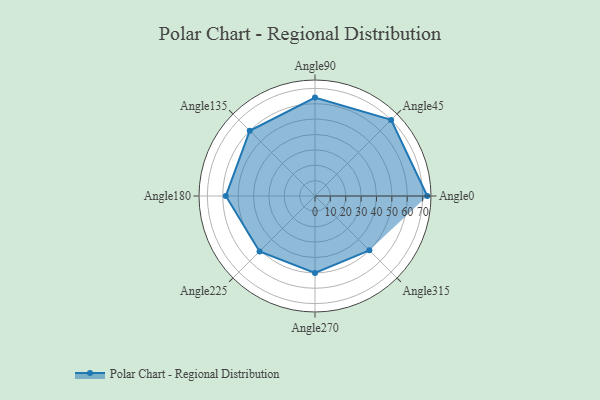
{"axis": {"x": "Angle", "y": "Radius"}, "legend": [""], "data": [{"x": "Angle0", "y": 73.0, "type": ""}, {"x": "Angle45", "y": 70.0, "type": ""}, {"x": "Angle90", "y": 64.0, "type": ""}, {"x": "Angle135", "y": 60.0, "type": ""}, {"x": "Angle180", "y": 58.0, "type": ""}, {"x": "Angle225", "y": 51.0, "type": ""}, {"x": "Angle270", "y": 50, "type": ""}, {"x": "Angle315", "y": 50, "type": ""}]}